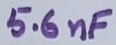
Text: 5.6nF